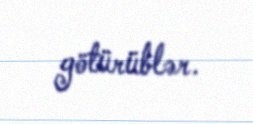
götürüblər.